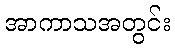
အာကာသအတွင်း